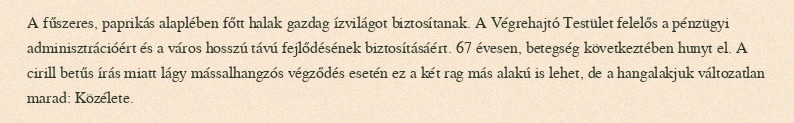
A fűszeres, paprikás alaplében főtt halak gazdag ízvilágot biztosítanak. A Végrehajtó Testület felelős a pénzügyi adminisztrációért és a város hosszú távú fejlődésének biztosításáért. 67 évesen, betegség következtében hunyt el. A cirill betűs írás miatt lágy mássalhangzós végződés esetén ez a két rag más alakú is lehet, de a hangalakjuk változatlan marad: Közélete.